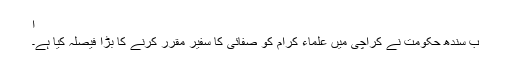
ا
ب سندھ حکومت نے کراچی میں علماء کرام کو صفائی کا سفیر مقرر کرنے کا بڑا فیصلہ کیا ہے۔